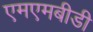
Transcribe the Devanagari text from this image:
एमएमबीडी